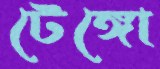
টেঙ্গো